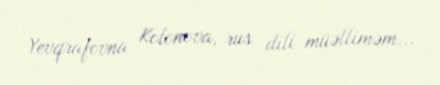
Yevqrafovna Kolonova, rus dili müəlliməm...